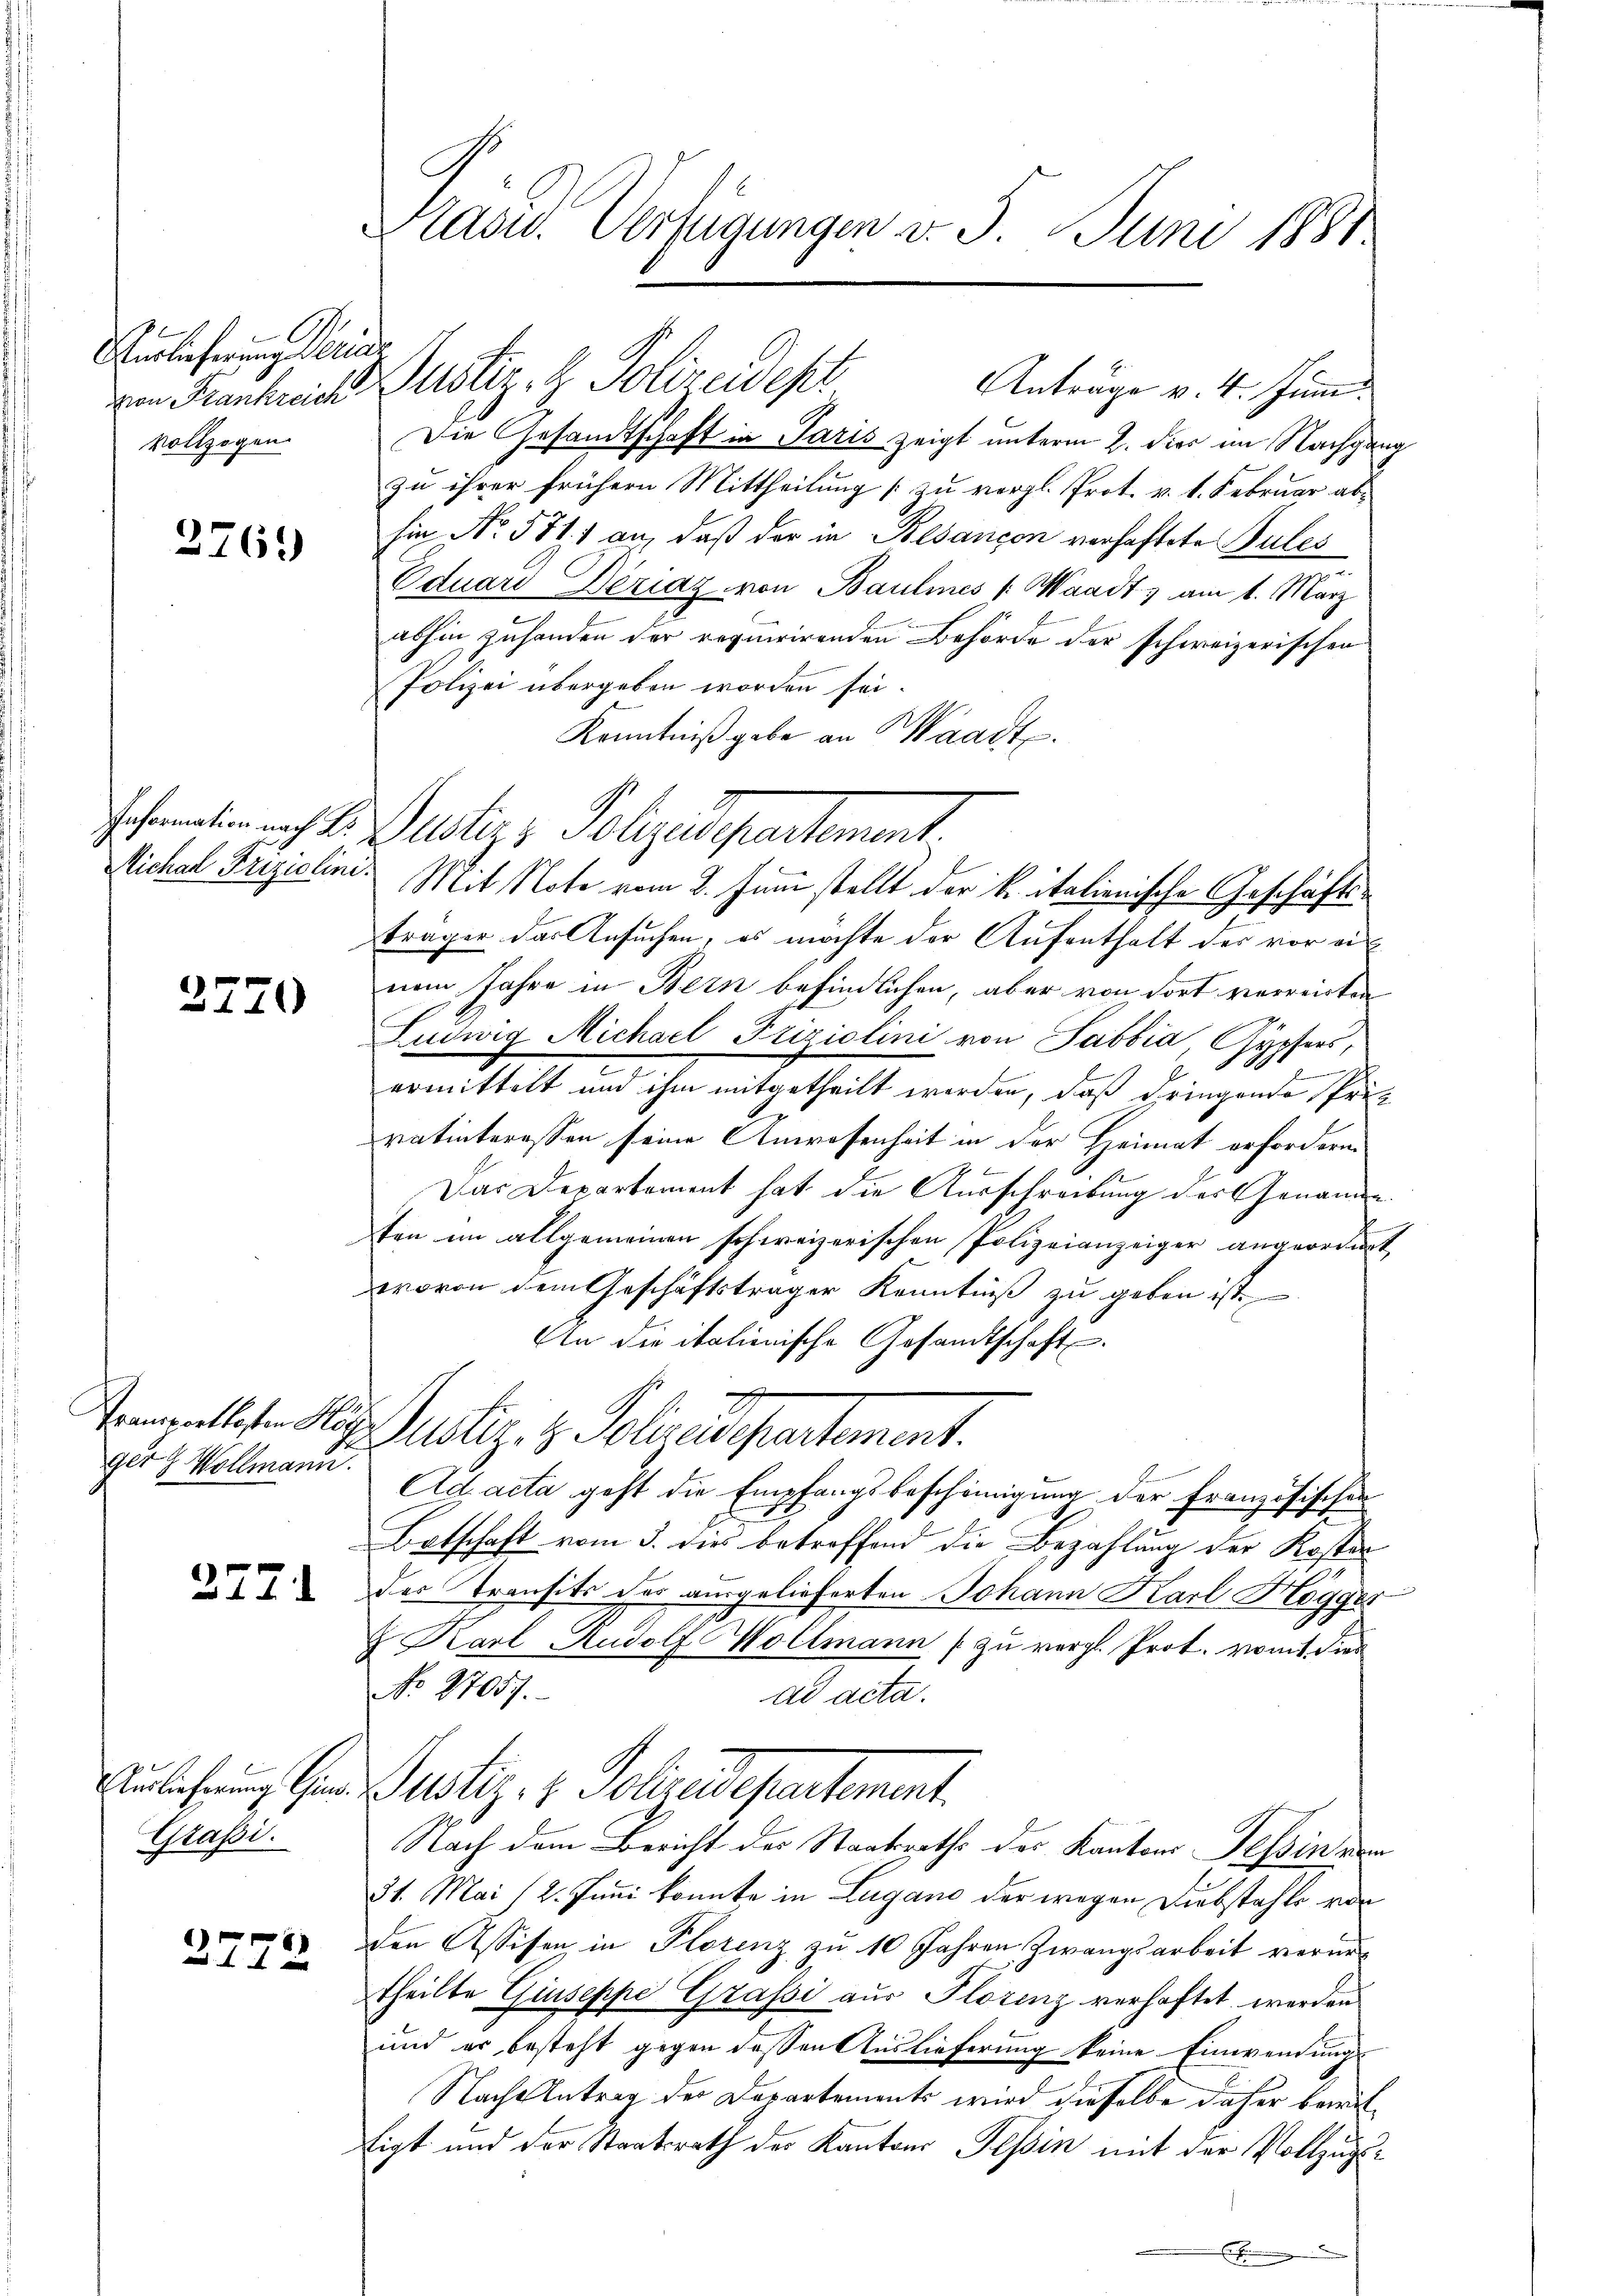
Verlieferung derins
Vollzogen

2769

2270

ger 8 Vollmann.

2771

Grassi.

2772

Präsid. Verfügungen d. 5. Juni 1881

ven Frankreiche Justiz, H. Polizeides
Die Gesandtschaft in Paris zeigt unterm 2. dies im Nachgang
zu ihrer frühern Mittheilung [zu vergl. Prot. v. 1. Februar abhin No. 581. 1 an, daß der in Besançon verhaftete Pules
Eduard Dériaz von Baulines /: Waadt, am 1. März
abhin zuhanden der requirirenden Behörde der schweizerischen
Polizei übergeben worden sei.
Kenntniß gebe an Waadt.
Johannten auch 2. Justiz & Polizeidepartement.
Michal Frisuline. Mit Note vom 2. Juni stellt der k. italienische Geschäftsträger das Ansuchen, es möchte der Aufenthalt des vor einem Jahre in Bern befindlichen, aber von dort verreichen
Ludwig Michael Friziolini von Sabbia Gypfers,
E
n
ermittelt und ihm mitgetheilt werden, daß dringende Prüf
vatinteressen seine Anwassenheit in der Heimat erfordern
 f
Das Departement hat die Ausschreibung des Genannen
ten im allgemeinen schweizerischen Polizeianzeiger angeordnet,
wovon dem Geschäftsträger Kenntniß zu geben ist.
An die italienische Gesandtschaft.
Prematisten Mit Zuster, z. Polizeidepartement.
Ad acta geht die Empfangsbescheinigung der Französischen
Betschaft vom 3. dies betreffend die Bezahlung der Kosten
des Transits der ausgelieferten Johann Karl Hogger
& Karl Rudolf Wollmann [zu vergl. Prot. vomt dies
No. 27057.
dd acta.
ulehnung der Justiz- & Polizeidepartement.
Nach dem Bericht der Staatsraths des Kantons Tessin dem
31. Mai 12. Juni konnte in Lugano der wegen Diebstahls von
den Assisen in Plorenz zu 10 Jahren Zwangsarbeit verurtheilte Giuseppe Grassi aus Florenz verhaftet werden
und er besteht gegen dessen Auslieferung keine Einwendung
Nach entrag der Departements wird dieselbe daher bewiltigt und der Staatsrath der Kantons Tessin mit der Vollzugs¬

Anträge v. 4. Juni.